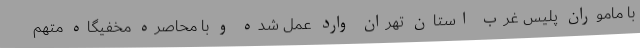
با ماموران پلیس غرب استان تهران وارد عمل شده و با محاصره مخفیگاه متهم